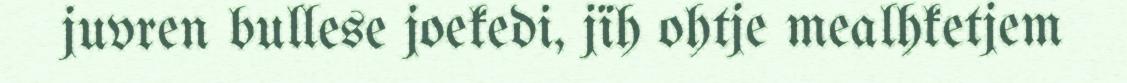
juvren bullese joekedi, jïh ohtje mealhketjem